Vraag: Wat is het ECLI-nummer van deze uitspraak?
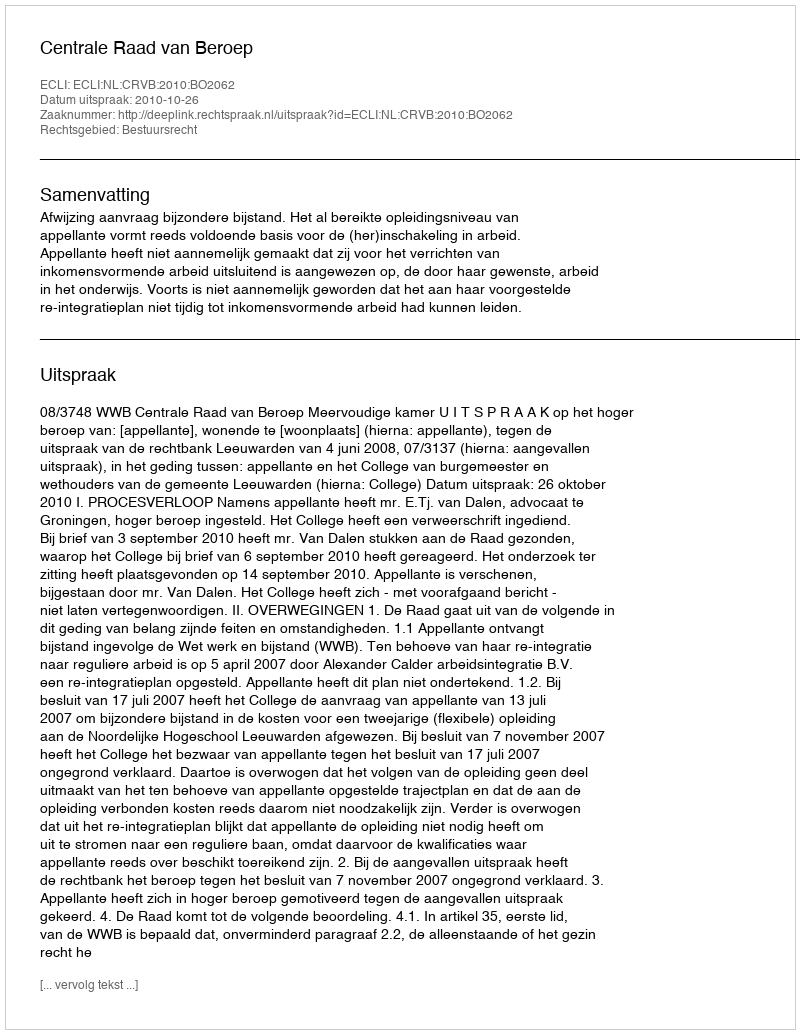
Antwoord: ECLI:NL:CRVB:2010:BO2062